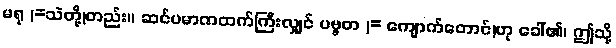
မရု (=သဲတို့)တည်း။ ဆင်ပမာဏထက်ကြီးလျှင် ပဗ္ဗတ (= ကျောက်တောင်)ဟု ခေါ်၏၊ ဤသို့